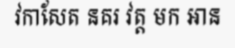
វកាសែត នគរ វត្ត មក អាន